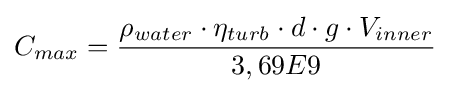
C_{max}={\frac {\rho _{water}\cdot \eta _{turb}\cdot d\cdot g\cdot V_{inner}}{3,69E9}}